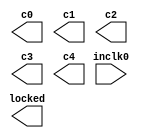
module pll_1 (
	inclk0,
	c0,
	c1,
	c2,
	c3,
	c4,
	locked);

	input	  inclk0;
	output	  c0;
	output	  c1;
	output	  c2;
	output	  c3;
	output	  c4;
	output	  locked;

endmodule